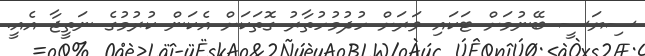
ސިޔަސީ ބޭނުމަށް ޓަކައި ވަރަށް ހުދުމުހުތާރު ގޮތަކަށް އެކަން ކުރުމުގެ ނަތީޖާ އެއީ.